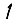
Digit: 1